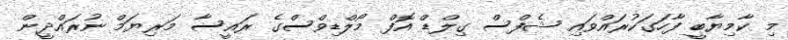
މި ކާމިޔާބީ ފާހަގަކުރައްވައި ޝެފްސް ގިލްޑް އޮފް މޯލްޑިވްސްގެ ރައީސާ މަރިޔަމް ނުރައްދީން